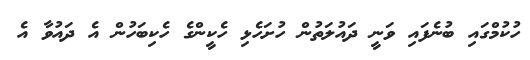
ހުކުމްގައި ބުނެފައި ވަނީ ދައުލަތުން ހުށަހެޅި ހެކީންގެ ހެކިބަހުން އެ ދައުވާ އެ